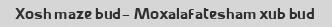
Xosh maze bud- Moxalafatesham xub bud